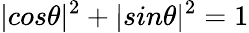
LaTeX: |cos\theta|^{2}+|sin\theta|^{2}=1